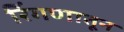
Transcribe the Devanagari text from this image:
रिंगणातून